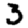
Digit: 3